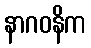
နာဂဝနိက